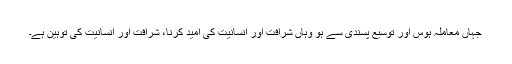
جہاں معاملہ ہوس اور توسیع پسندی سے ہو وہاں شرافت اور انسانیت کی امید کرنا، شرافت اور انسانیت کی توہین ہے۔